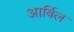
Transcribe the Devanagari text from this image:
आर्बिल